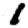
Digit: 1